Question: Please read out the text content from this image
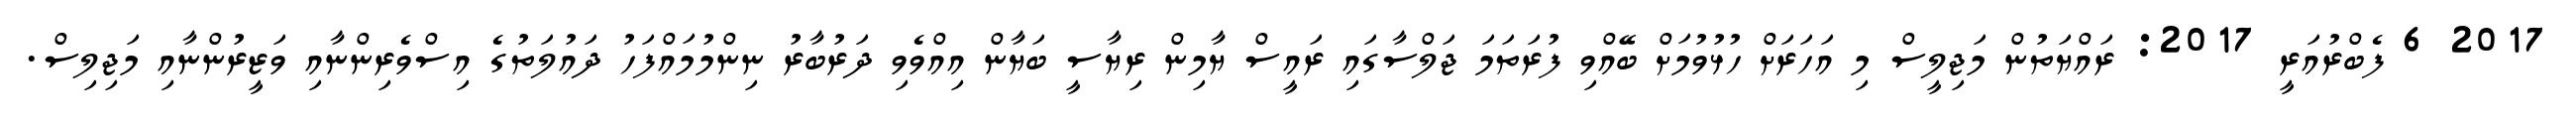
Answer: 2017 6 ފެބްރުއަރީ 2017: ރައްޔަތުން މަޖިލީސް މި އަހަރަށް ހުޅުވުމަށް ބޭއްވި ފުރަތަމަ ޖަލްސާގައި ރައީސް ޔާމިން ރިޔާސީ ބަޔާން އިއްވެވި ދަރުބާރު ނިންމުމައްފަހު ދައުލަތުގެ އިސްވެރިންނާއި ވަޒީރުންނާއި މަޖިލިސް.